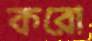
করো